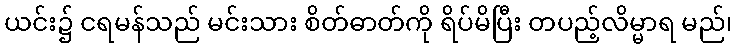
ယင်း၌ ငရမန်သည် မင်းသား စိတ်ဓာတ်ကို ရိပ်မိပြီး တပည့်လိမ္မာရ မည်၊